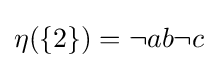
{\textstyle \eta (\{2\})=\neg ab\neg c}